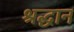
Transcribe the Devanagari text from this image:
श्रद्धान